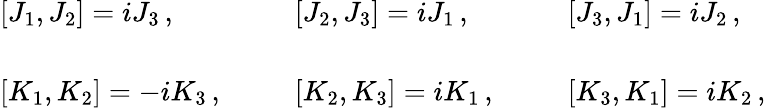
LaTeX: \begin{array}{lll}{{{}[J_{1},J_{2}]=iJ_{3}\, ,~~~}}&{{~~~{}[J_{2},J_{3}]=iJ_{1}\, ,~~~}}&{{~~~{}[J_{3},J_{1}]=iJ_{2}\, ,}}\\ {{{}}}&{{{}}}&{{{}}}\\ {{{}[K_{1},K_{2}]=-iK_{3}\, ,~~~}}&{{~~~{}[K_{2},K_{3}]=iK_{1}\, ,~~~}}&{{~~~{}[K_{3},K_{1}]=iK_{2}\, ,}}\end{array}